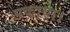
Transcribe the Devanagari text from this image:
पकाया।